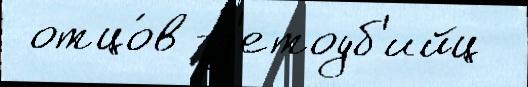
 отцо́в-д'етоуб'ийц